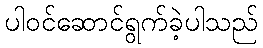
ပါဝင်ဆောင်ရွက်ခဲ့ပါသည်